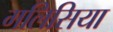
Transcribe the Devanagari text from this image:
गलिसिया